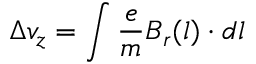
\Delta v _ { z } = \int \frac { e } { m } B _ { r } ( l ) \cdot d l